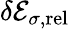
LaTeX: \delta{\cal E}_{\sigma,\mathrm{rel}}